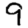
Digit: 9